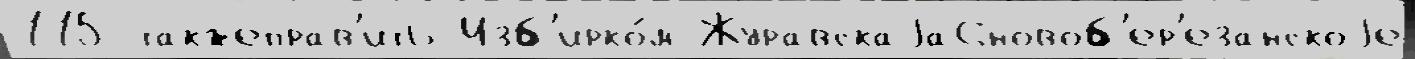
115 такжеправ'ить Изб'ирко́м Журавскаjа6новоб'ер'езанскоjе